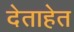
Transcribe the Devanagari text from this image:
देताहेत